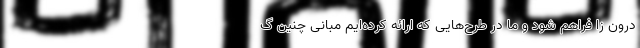
درون زا فراهم شود و ما در طرح‌هایی که ارائه کرده‌ایم مبانی چنین گ